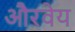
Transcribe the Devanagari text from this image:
औरवेय